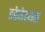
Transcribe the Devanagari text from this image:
इरेनेइयस